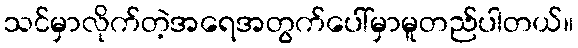
သင်မှာလိုက်တဲ့အရေအတွက်ပေါ်မှာမူတည်ပါတယ်။